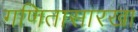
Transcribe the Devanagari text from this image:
गणितासारखा